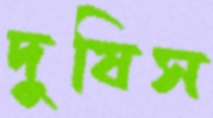
দুষিস